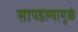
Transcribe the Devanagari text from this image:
सापडल्यामुळं